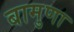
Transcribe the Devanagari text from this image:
बामुणा